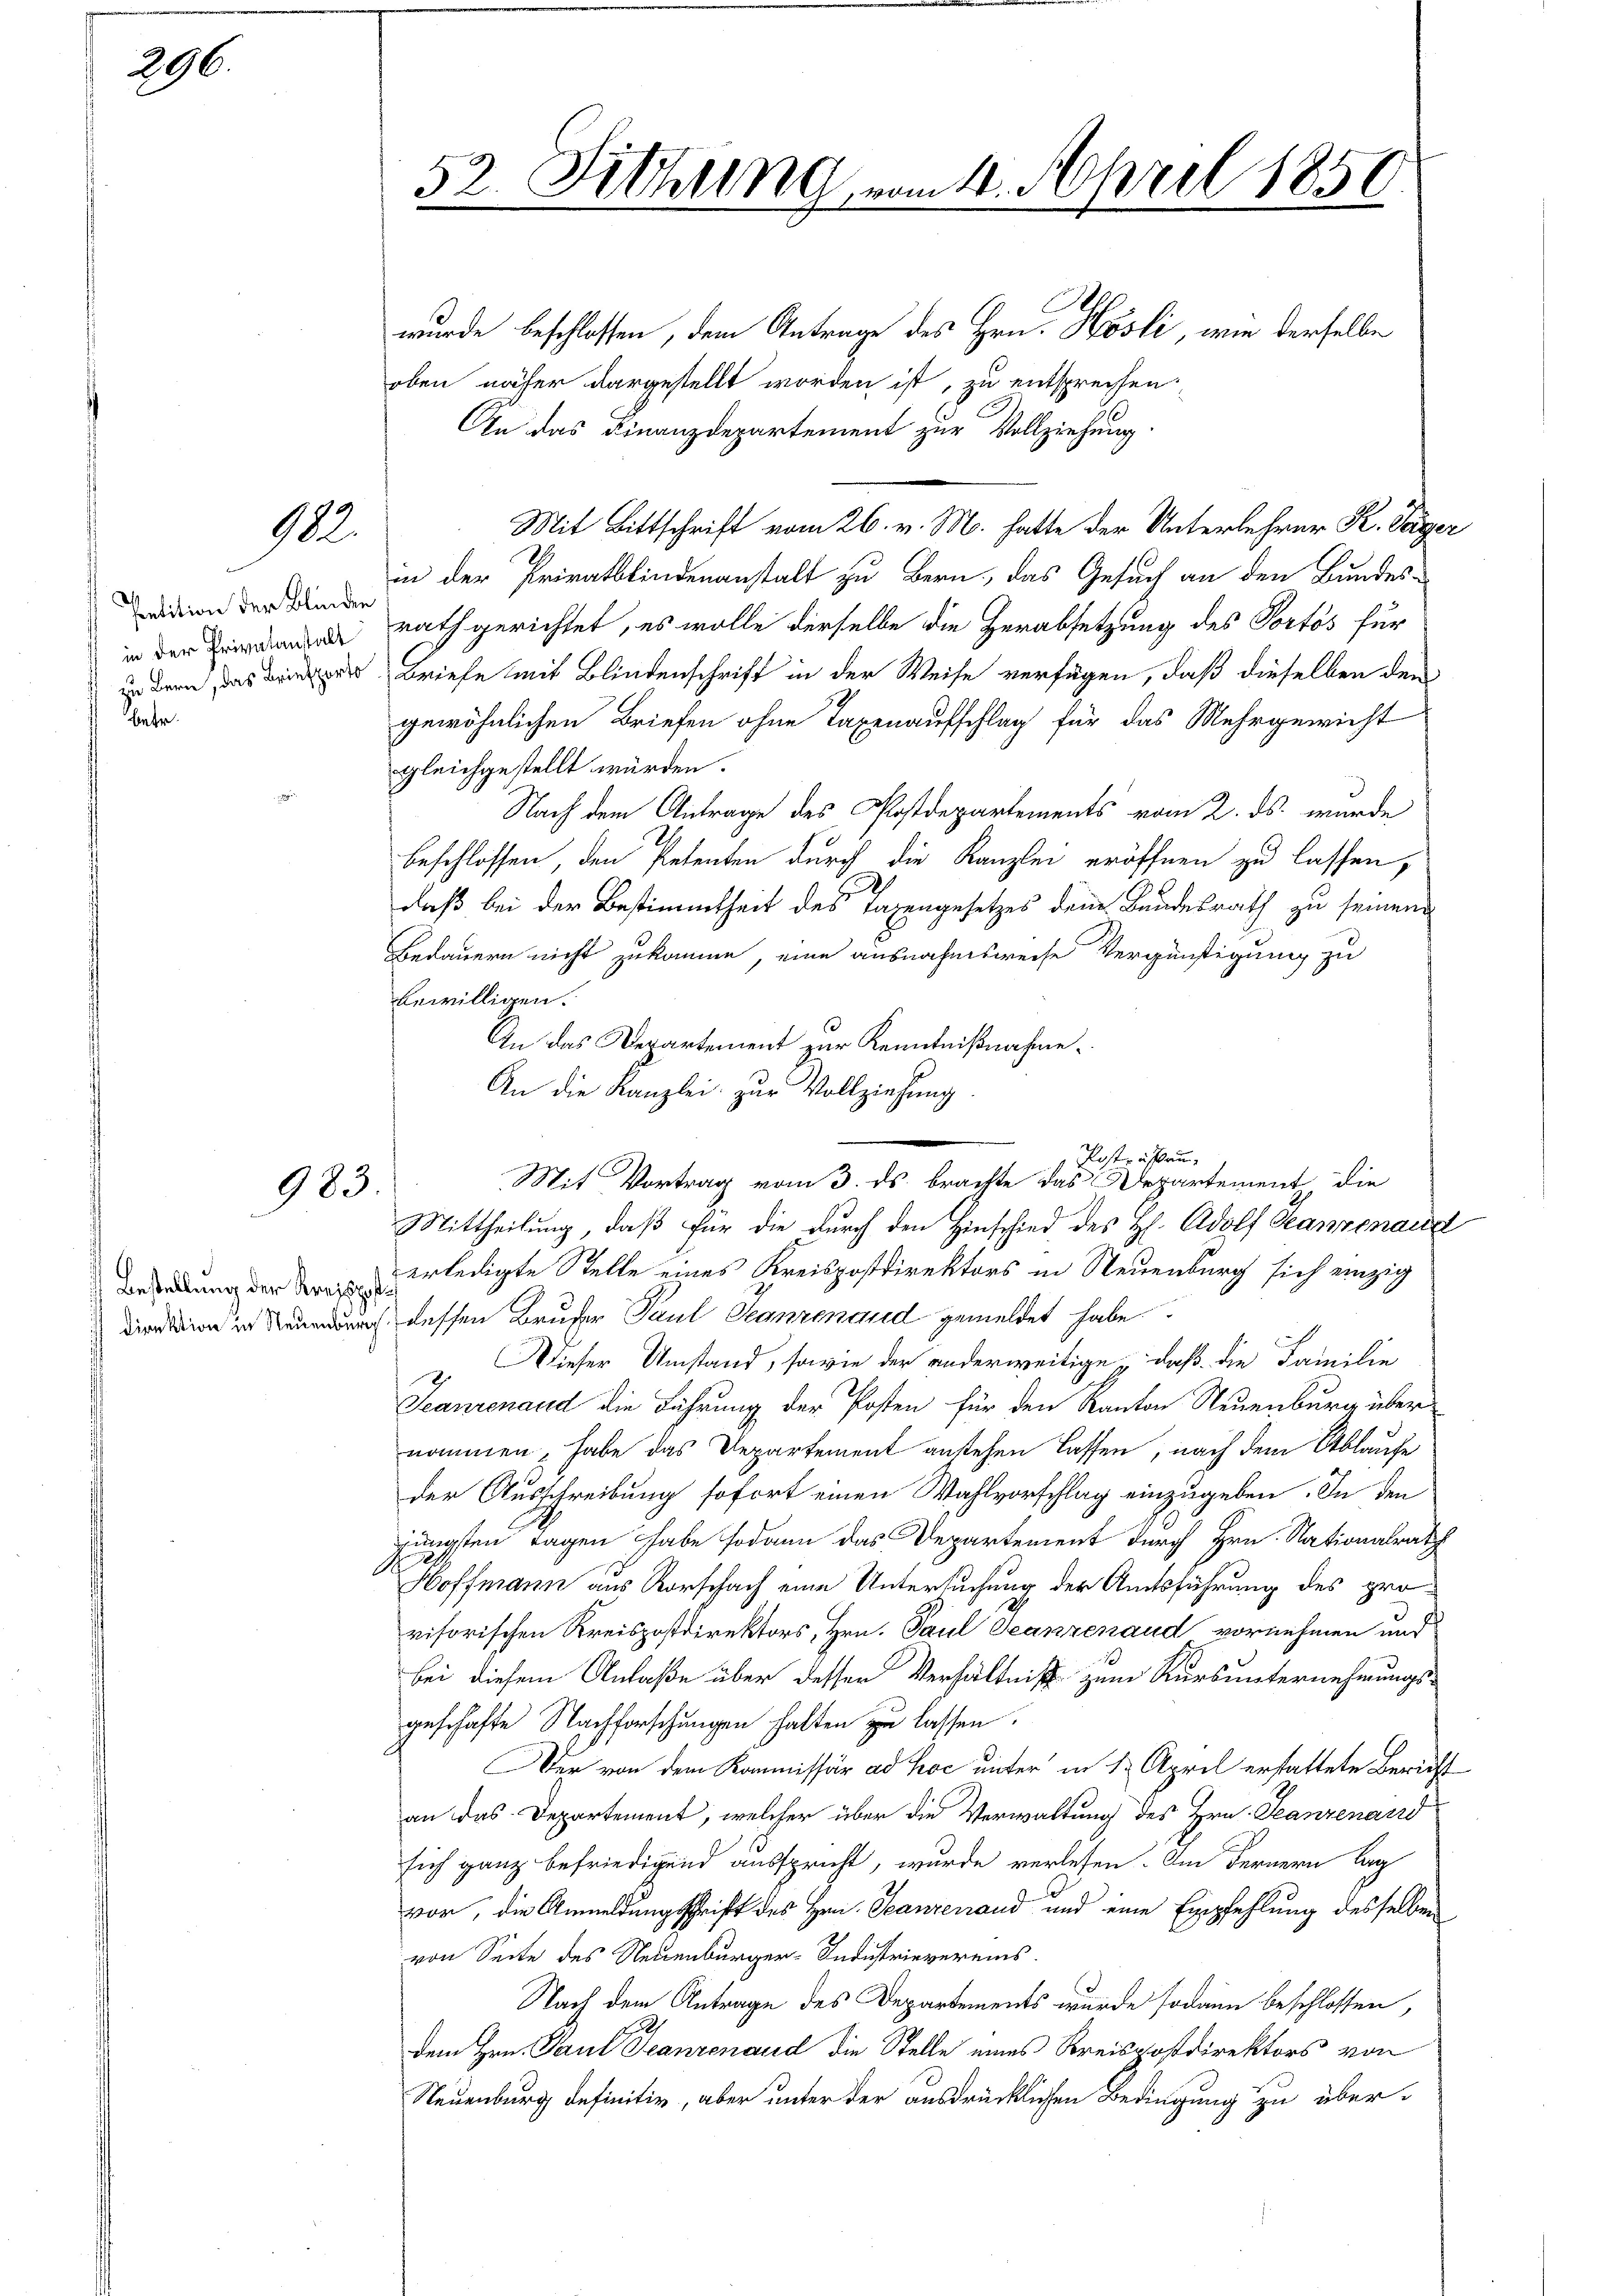
296.

922.

Petition der Blinden
in der Privatanstalt
zu Bern, das Briefporto

983

Bestellung der Kreispost
direktion in Neuenburg

52. Sitzung vom 10. April 1858
.

wurde beschlossen, dem Antrage des Hrn. Hösli, wie derselbe
ben näher dargestellt worden ist, zu entsprechen
An das Finanzdepartement zur Vollziehung
Mit Bittschrift vom 26. v. M. hatte der Unterlehrer R. Täger
in der Privatsfindenanstalt zu Bern, das Gesuch an den Bundes-
rath gerichtet, es wolle derselbe die Herabsetzung des Portös für
Briefe mit Blindenschrift in der Weise verfügen, daß dieselben den
gewöhnlichen Briefen ohne Taxenaufschlag für das Mehrgewicht
gleichgestellt würden.
Nach dem Antrage des Postdepartements vom 2. ds. wurde
beschlossen, den Petenten durch die Kanzlei eröffnen zu lassen,
2
daß bei der Bestimmtheit des Tagengesetzes den Bundesrath zu seinem
Bedauern nicht zukomme, eine ausnahmsweise Vergünstigung zu
bewilligen.
An das Departement zur Kenntnißnahme.
An die Kanzlei zur Vollziehung.
Mittheilung, daß für die durch den Hinschied des H. Adolf Stanzenaca
erledigte Stelle eines Kreispostdirektors in Neuenburg sich einzig
dessen Bruder Paul Ganzenaud gemeldet habe.
Dieser Umstand, sowie der anderweitige, daß die Familie
Scarrenand die Führung der Posten für den Kanton Neuenburg über
nommen, habe das Departement anstehen lassen, nach dem Ablaufe
der Ausschreibung sofort einen Wahlvorschlag einzugeben. In den
jüngsten Tagen habe sodann das Departement durch Hrn. Nationalrath
Hoffmann aus Rorschach eine Untersuchung der Amtsführung des provisorischen Kreispostdirektors, Hrn. Paul Seanzenaud vornehmen und
bei diesem Anlaße über desser Verhältnis zum Kursunternehmungs-
geschäfte Nachforschungen halten zu lassen.
Der von dem Kommissär ad hoc unter in 1. April erstattete Bericht
an das Departement, welcher über die Verwaltung des Hrn. Jeanzenand
sich ganz befriedigend ausspricht, wurde verlesen. Im Fernern lag
vor, die Anmeldungsschrift des Hrn. Jeanzenand und eine Empfehlung desselben
von Seite des Neuenburger-Industrievereins.
Nach dem Antrage des Departements wurde sodann beschlossen,
dem Hrn. Paul Franzenaud die Stelle eines Kreispostdirektors von
Neuenburg definitiv, aber unter der ausdrücklichen Bedingung zu über¬

Postrafan
Mit Vortrag vom 3. ds. brachte das Departement die